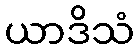
ယာဒိသံ